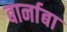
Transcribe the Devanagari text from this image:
बार्नाबा